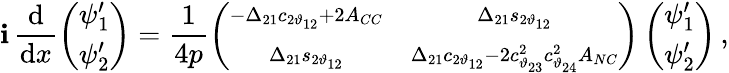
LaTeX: \mathbf{i}\, \frac{{\mathrm{{d}}}}{{\mathrm{{d}}x}}\left(\begin{array}{c}{{\psi_{1}^{\prime}}}\\ {{\psi_{2}^{\prime}}}\end{array}\right)=\frac{{1}}{{4p}}\left(\begin{array}{cc}{{\scriptstyle-\Delta_{21}c_{2\vartheta_{12}}+2A_{CC}}}&{{\scriptstyle\Delta_{21}s_{2\vartheta_{12}}}}\\ {{\scriptstyle\Delta_{21}s_{2\vartheta_{12}}}}&{{\scriptstyle\Delta_{21}c_{2\vartheta_{12}}-2c_{\vartheta_{23}}^{2}c_{\vartheta_{24}}^{2}A_{NC}}}\end{array}\right)\left(\begin{array}{c}{{\psi_{1}^{\prime}}}\\ {{\psi_{2}^{\prime}}}\end{array}\right)\, ,